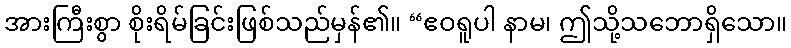
အားကြီးစွာ စိုးရိမ်ခြင်းဖြစ်သည်မှန်၏။ “ဧဝရူပါ နာမ၊ ဤသို့သဘောရှိသော။